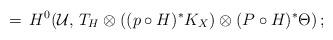
LaTeX: \begin{align*}=\, H^0({\mathcal U},\, T_H\otimes ((p\circ H)^*K_X)\otimes (P\circ H)^*\Theta)\, ;\end{align*}